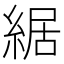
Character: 䋧